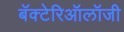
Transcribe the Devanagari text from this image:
बॅक्टेरिऑलॉजी